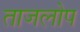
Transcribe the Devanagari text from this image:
ताजलोप